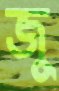
জু